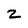
Character: Z